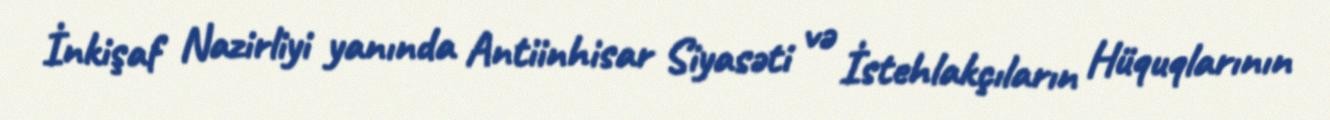
İnkişaf Nazirliyi yanında Antiinhisar Siyasəti və İstehlakçıların Hüquqlarının